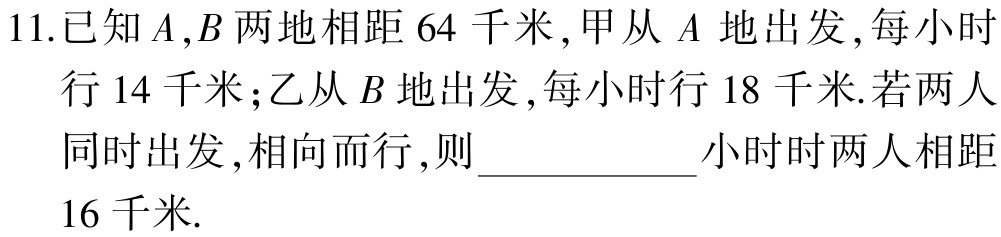
11.已知\(A,B\)两地相距\(64\)千米，甲从\(A\) 地出发，每小时行\(14\)千米；乙从\(B\)地出发，每小时行\(18\)千米. 若两人同时出发，相向而行，则____________小时时两人相距\(16\)千米.